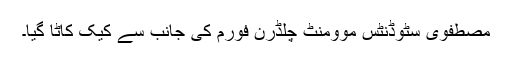
مصطفوی سٹوڈنٹس موومنٹ چلڈرن فورم کی جانب سے کیک کاٹا گیا۔